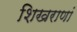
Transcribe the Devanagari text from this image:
शिखराणां